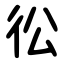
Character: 彸